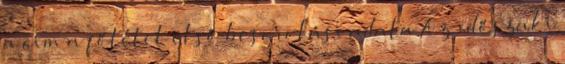
a cím a főtétel első besorolási adata Az időszaki